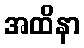
အထိနာ